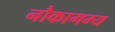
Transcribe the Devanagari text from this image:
नौकागम्य